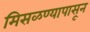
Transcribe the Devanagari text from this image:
मिसळण्यापासून